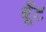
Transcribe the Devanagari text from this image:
बूँट